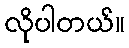
လိုပါတယ်။